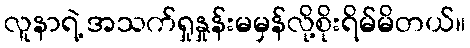
လူနာရဲ့ အသက်ရှုနှုန်းမမှန်လို့စိုးရိမ်မိတယ်။